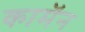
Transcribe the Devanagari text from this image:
कामॅन